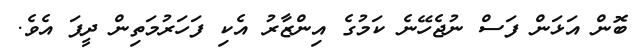
ބޮން އަޅަން ފަސް ނުޖެހޭނެ ކަމުގެ އިންޒާރު އެކި ފަހަރުމަތިން ދީފަ އެވެ.